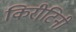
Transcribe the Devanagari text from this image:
किरीटिनी